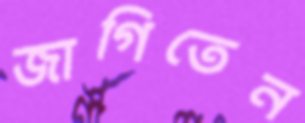
জাগিতেন